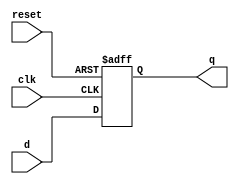
module flopr 
 (input wire clk, reset,
 input wire [31:0] d,
 output reg [31:0] q);
 always@(posedge clk, posedge reset)
 if (reset) q <= 32'b0;
 else q <= d;
endmodule